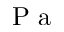
\textrm { P a }